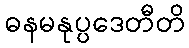
ဓနမနုပ္ပဒေတီတိ